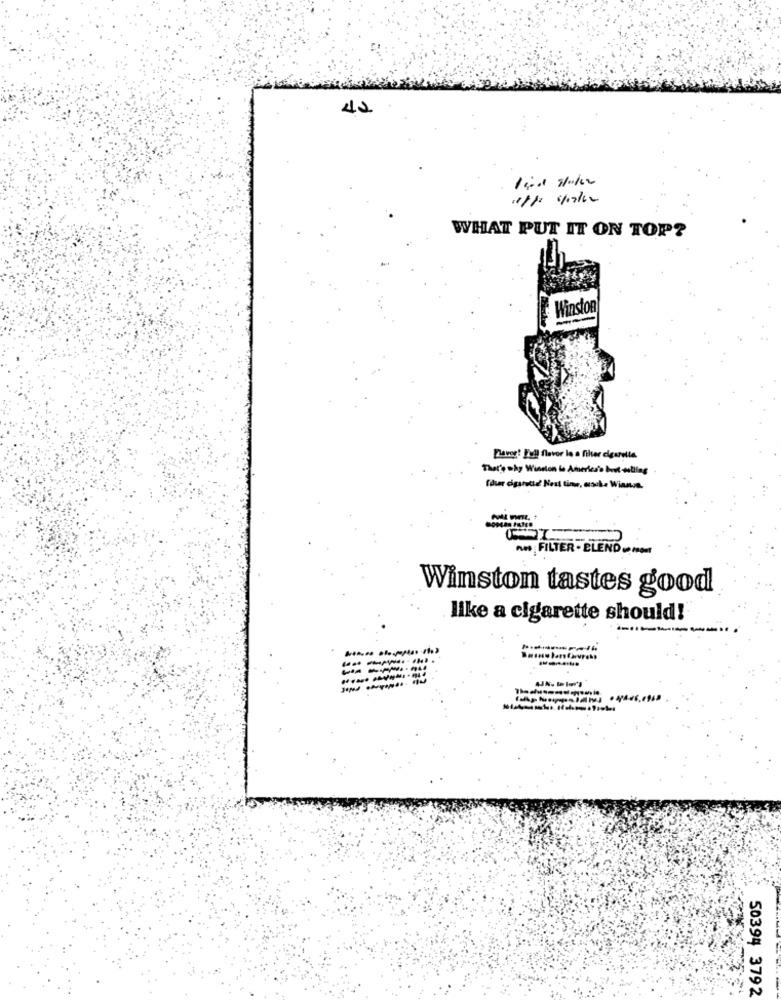
40
1111/12/1
WHAT PUT IT ON TOP?
Winston
Daver: Full flavor le a filter cigarette.
That's why Winston le America's best -estling
Aw FILTER. ELEND
Winston tastes good
like a cigarette should!
50394 3792